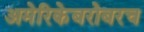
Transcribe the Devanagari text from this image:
अमेरिकेबरोबरच